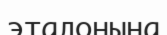
эталонына